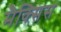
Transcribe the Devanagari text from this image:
मैक्सिस